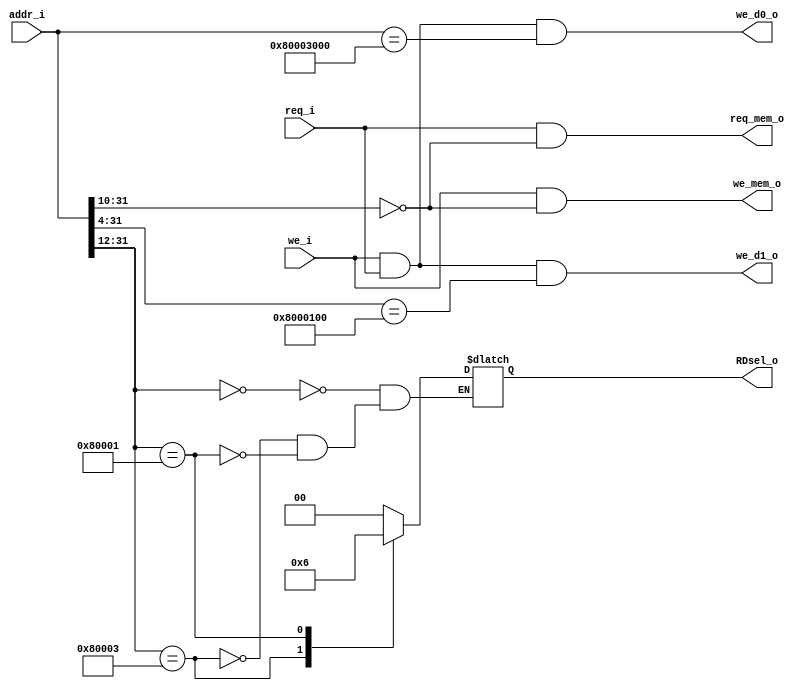
module miriscv_address_decoder (
    input [31:0]    addr_i,
    input           we_i,
    input           req_i,
    
    output [1:0] RDsel_o,
    
    //Memory
    output we_mem_o,
    output req_mem_o,
    
    //Keyboard
    output we_d0_o,
    
    //LEDs
    output we_d1_o
    
 );



reg [1:0] RDsel;
assign RDsel_o = RDsel;

//Memory signals
assign we_mem_o = we_i & ({addr_i[31:10],10'b0}==32'h00000000);
assign req_mem_o = req_i & ({addr_i[31:10],10'b0}==32'h00000000);

//KeyBoard signals
assign we_d0_o = we_i & req_i & (addr_i[31:0]==32'h80003000);

//LEDs signals
assign we_d1_o = we_i & req_i & ({addr_i[31:4],4'b0}==32'h80001000);

always @(*) begin
    
    case (addr_i[31:12])
        //Memory
        20'h0: begin
            RDsel <= 0;
        end
        //Keyboard
        20'h80003: begin
            RDsel <= 1;
        end
        //LED_display
        20'h80001: begin
            RDsel <= 2;
        end
        default: begin
            // ?
        end
    endcase        
end

endmodule